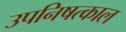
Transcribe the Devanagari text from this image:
उपनिषत्काल